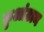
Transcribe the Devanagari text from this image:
कुआंटान